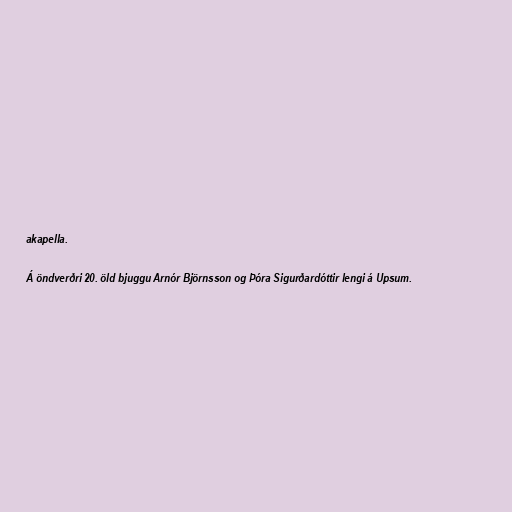
akapella.

Á öndverðri 20. öld bjuggu Arnór Björnsson og Þóra Sigurðardóttir lengi á Upsum.